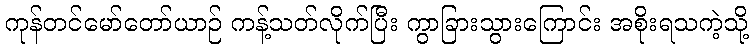
ကုန်တင်မော်တော်ယာဉ် ကန့်သတ်လိုက်ပြီး ကွာခြားသွားကြောင်း အစိုးရသကဲ့သို့